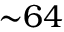
\mathord { \sim } 6 4